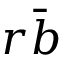
r { \bar { b } }